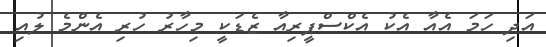
އަދި ހަމަ އެއާ އެކު އެކްސްޕީރިއާ ޒެޑަކީ މިހާރު ހުރި އެންމެ ލުއި